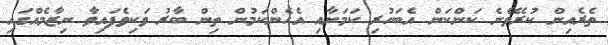
ތެރެއިން ކުރެވޭނެ ކަންކަން އެބަހުރި ކަމަށާއި އެހެންކަމުން ތިން ބާރު ވަކިވެފައިވާ ނިޒާމެއްގައި